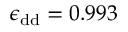
\epsilon _ { \mathrm { d d } } = 0 . 9 9 3